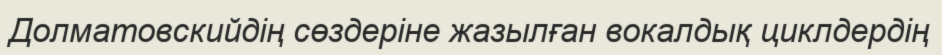
Долматовскийдің сөздеріне жазылған вокалдық циклдердің